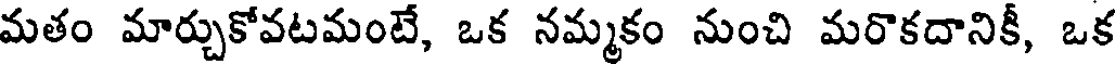
మతం మార్చుకోవటమంటే, ఒక నమ్మకం నుంచి మరొకదానికీ, ఒక